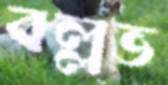
বল্লভ